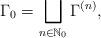
LaTeX: \begin{align*}\Gamma_{0} = \bigsqcup_{n\in \mathbb{N}_0} \Gamma^{(n)} ,\end{align*}